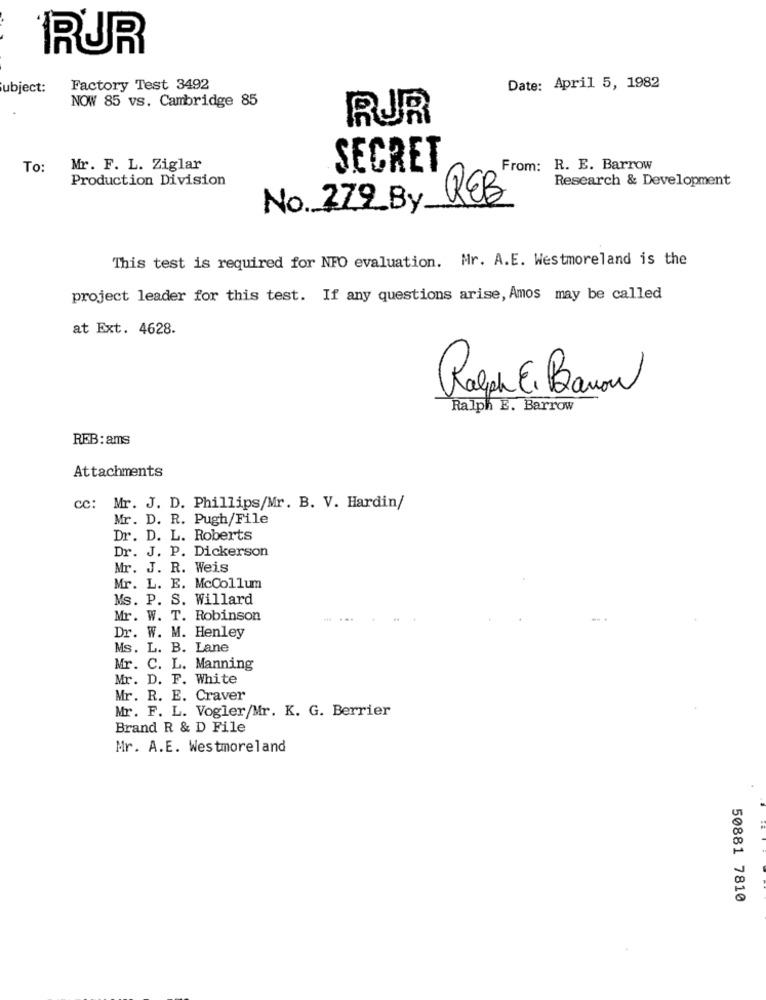
RUR
ubject:
Factory Test 3492
Date: April 5, 1982
NOW 85 vs. Cambridge 85
RUR
To:
Mr. F. L. Ziglar
SECRET
From: R. E. Barrow
Production Division
Research & Development
REB
No. 279_By.
This test is required for NFO evaluation. Mr. A.E. Westmoreland is the
project leader for this test. If any questions arise, Amos may be called
at Ext. 4628.
Ralph E. Banon
Ralph E. Barrow
REB: ams
Attachments
cc: Mr. J. D. Phillips/Mr. B. V. Hardin/
Mr. D. R. Pugh/File
Dr. D. L. Roberts
Dr. J. P. Dickerson
Mr. J. R. Weis
Mr. L. E. McCollum
Ms. P. S. Willard
Mr. W. T. Robinson
Dr. W. M. Henley
Ms. L. B. Lane
Mr. C. L. Manning
Mr. D. F. White
Mr. R. E. Craver
Mr. F. L. Vogler/Mr. K. G. Berrier
Brand R & D File
Mr. A.E. Westmoreland
50881 7810